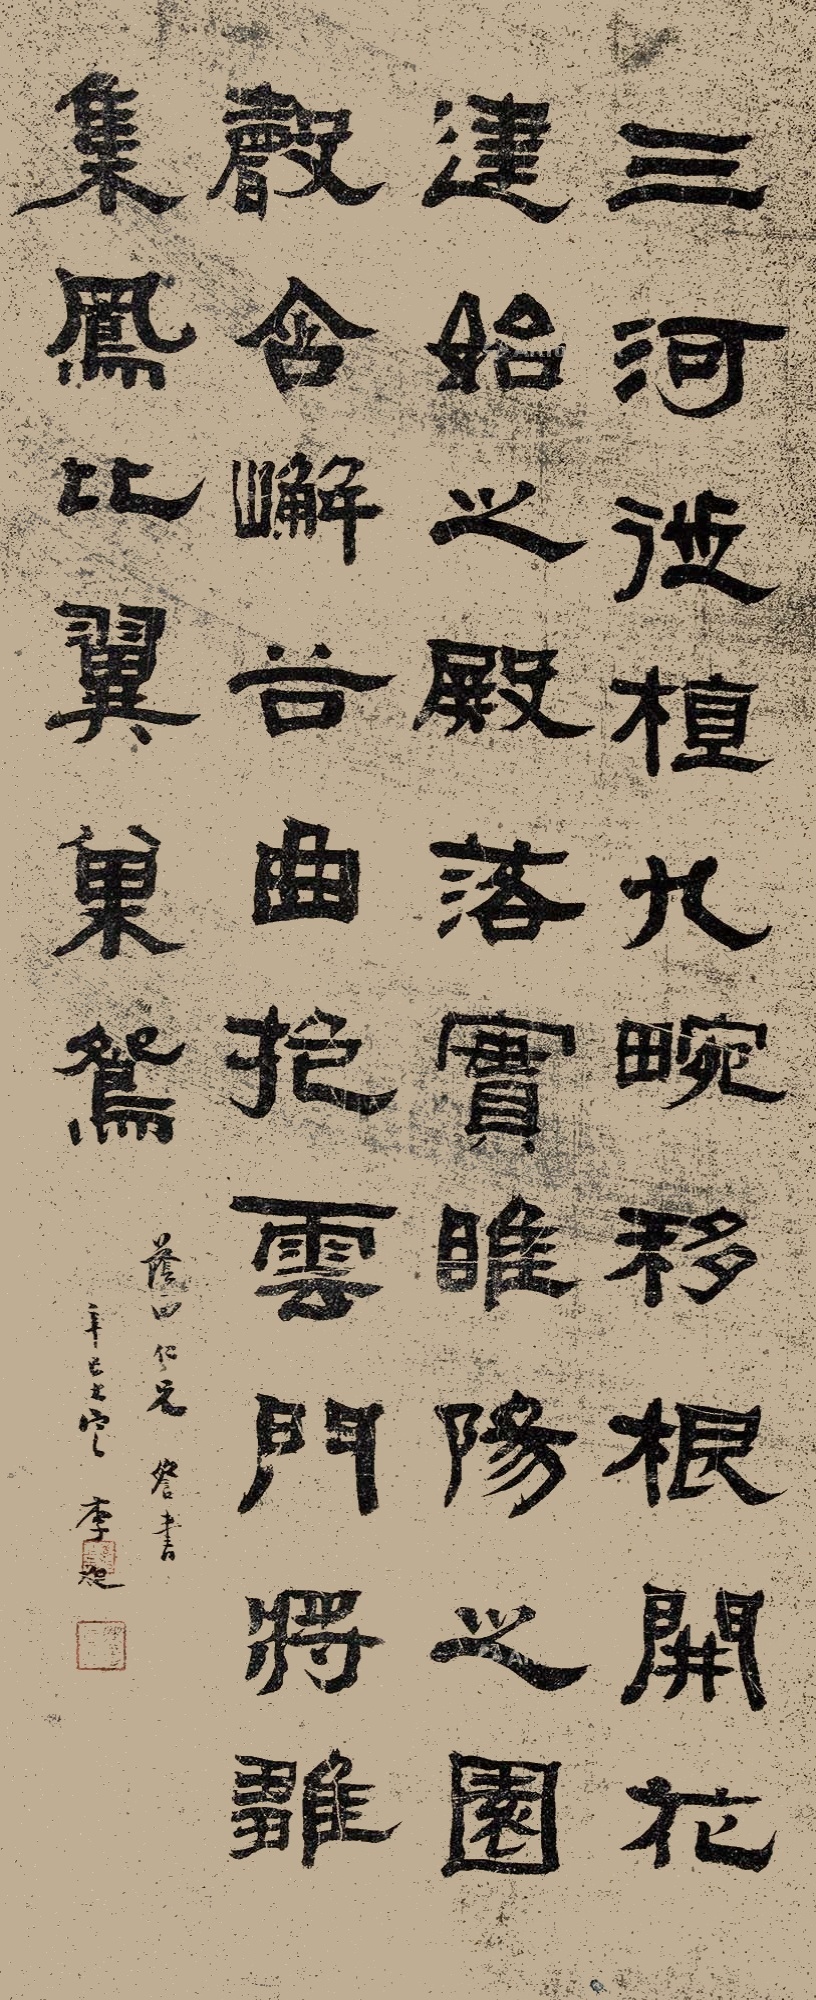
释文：三河徙植，九畹移根。开花建始之殿，落实睢阳之园。声含嶰谷，曲抱《云门》。将雏集凤，比翼巢鸳。荫西仁兄粲书，辛巳大定，李昶。